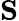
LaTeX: \textbf{S}